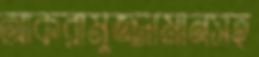
আকরামুজ্জামানসহ